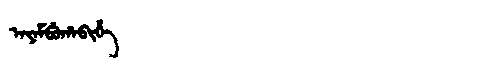
Manchu: ᠠᠶᠠᠮᠪᡠᡥᠠᠪᡳᡥᡝ
Romanization: AYAMBUHABIHE